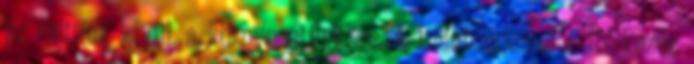
és rajtunk kívül, a környezetünkben. A tudatos jelenlét ítélkezés